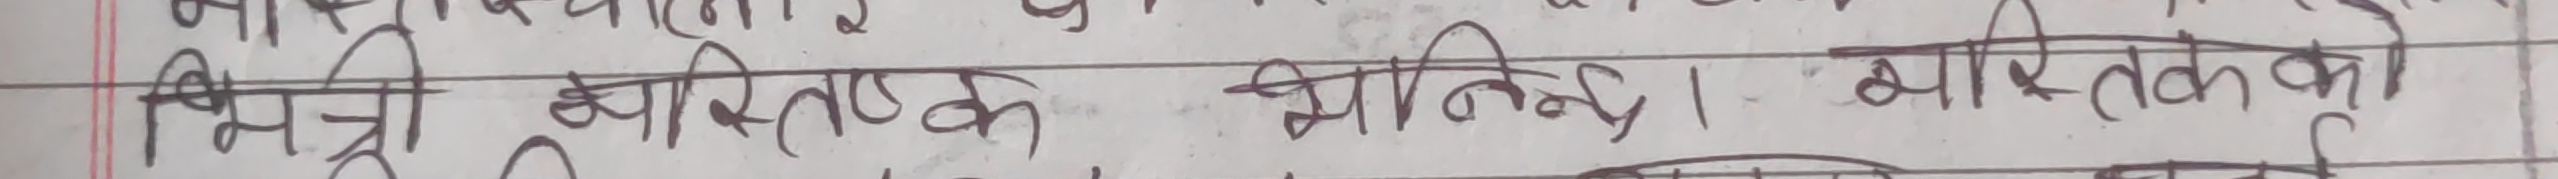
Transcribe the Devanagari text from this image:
सिस्त्री प्लास्टिक भनीन्छ। प्लास्टिकको